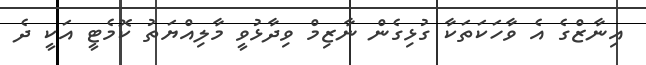
އިނާޒްގެ އެ ވާހަކަތަކާ ގުޅިގެން ނާޒިމް ވިދާޅުވީ މާލިއްޔަތު ކޮމެޓީ އަކީ ދެ